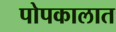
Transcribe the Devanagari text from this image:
पोपकालात